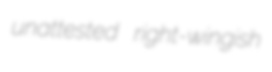
unattested right-wingish